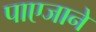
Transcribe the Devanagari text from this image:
पाएजाने